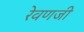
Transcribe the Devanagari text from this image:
रेवणजी